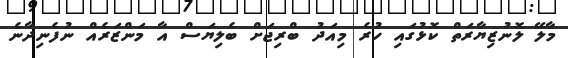
މާލޭ ލޮނުޒިޔާރަތް ކޮޅުގައި ހުރެ މިއަދު ބްރިޖަށް ބެލިޔަސް އާ މަންޒަރެއް ނުފެނިދާނެ